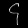
Digit: ၄